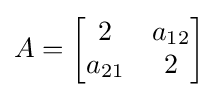
A=\left[{\begin{matrix}2&a_{12}\\a_{21}&2\end{matrix}}\right]